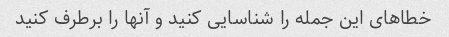
خطاهای این جمله را شناسایی کنید و آنها را برطرف کنید